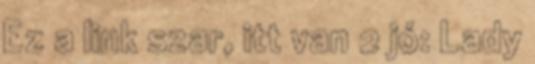
Ez a link szar, itt van 2 jó: Lady